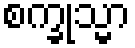
စက္ခုသ္မာ